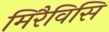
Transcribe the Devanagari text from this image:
मिरैविसि